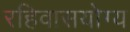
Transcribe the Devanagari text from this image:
रहिवासयोग्य